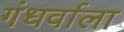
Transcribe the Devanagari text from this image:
गंधर्वाला